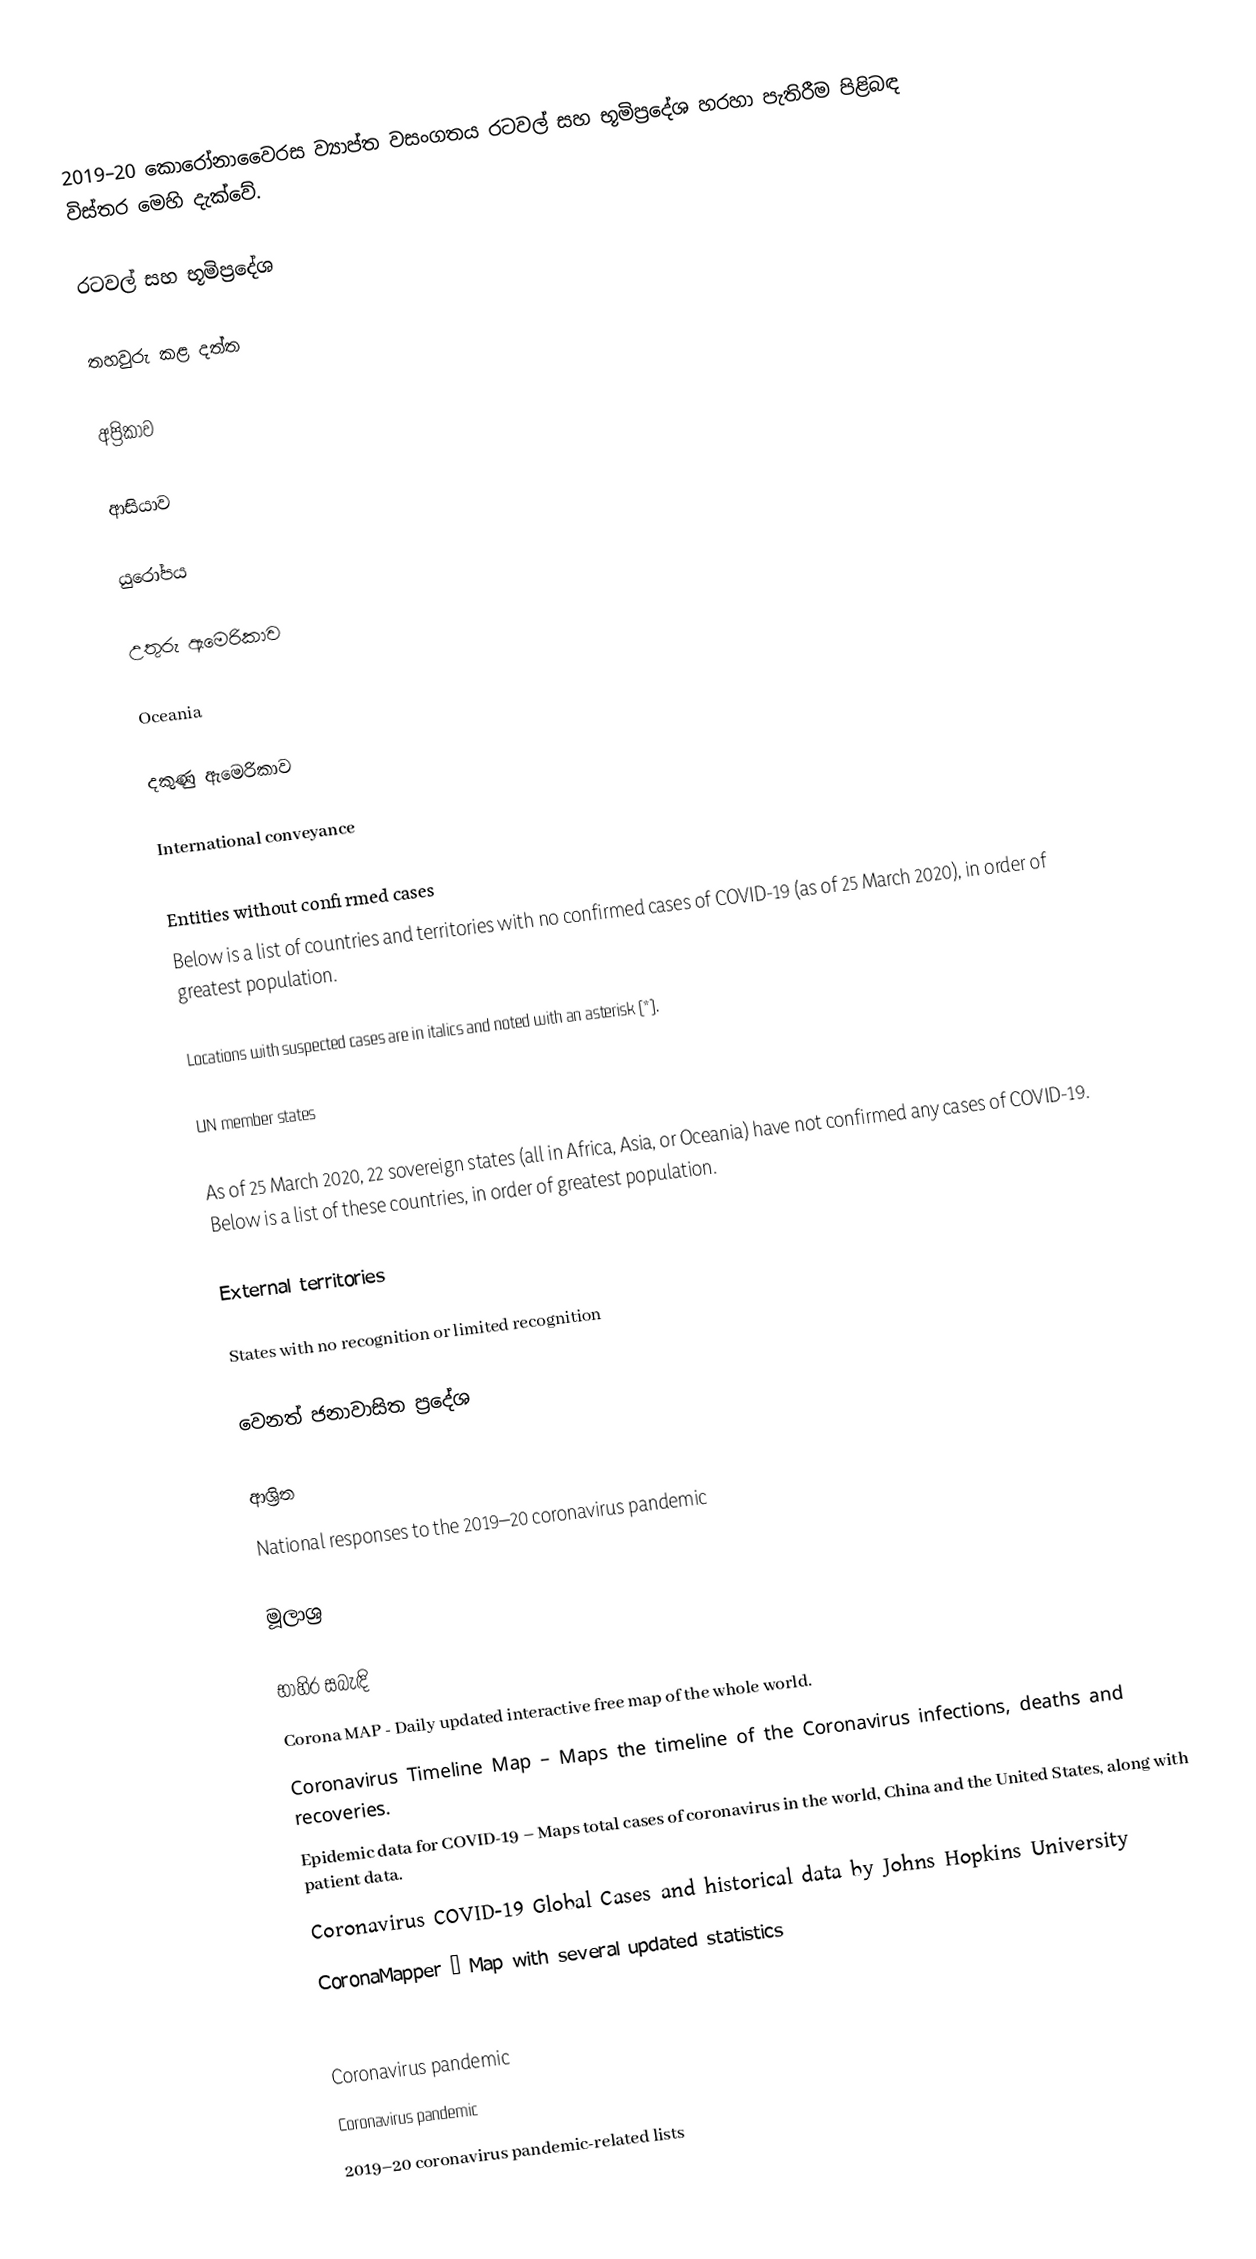
2019–20 කොරෝනාවෛරස ව්‍යාප්ත වසංගතය රටවල් සහ භූමිප්‍රදේශ හරහා පැතිරීම පිළිබඳ විස්තර මෙහි දැක්වේ.

රටවල් සහ භූමිප්‍රදේශ

තහවුරු කළ දත්ත

අප්‍රිකාව

ආසියාව

යුරෝපය

උතුරු ඇමෙරිකාව

Oceania

දකුණු ඇමෙරිකාව

International conveyance

Entities without confirmed cases
Below is a list of countries and territories with no confirmed cases of COVID-19 (as of 25 March 2020), in order of greatest population.

Locations with suspected cases are in italics and noted with an asterisk (*).

UN member states

As of 25 March 2020, 22 sovereign states (all in Africa, Asia, or Oceania) have not confirmed any cases of COVID-19. Below is a list of these countries, in order of greatest population.

External territories

States with no recognition or limited recognition

වෙනත් ජනාවාසිත ප්‍රදේශ

ආශ්‍රිත
National responses to the 2019–20 coronavirus pandemic

මූලාශ්‍ර

භාහිර සබැඳි
Corona MAP - Daily updated interactive free map of the whole world.
Coronavirus Timeline Map – Maps the timeline of the Coronavirus infections, deaths and recoveries.
Epidemic data for COVID-19 – Maps total cases of coronavirus in the world, China and the United States, along with patient data.
Coronavirus COVID-19 Global Cases and historical data by Johns Hopkins University
CoronaMapper – Map with several updated statistics

Coronavirus pandemic
Coronavirus pandemic
2019–20 coronavirus pandemic-related lists